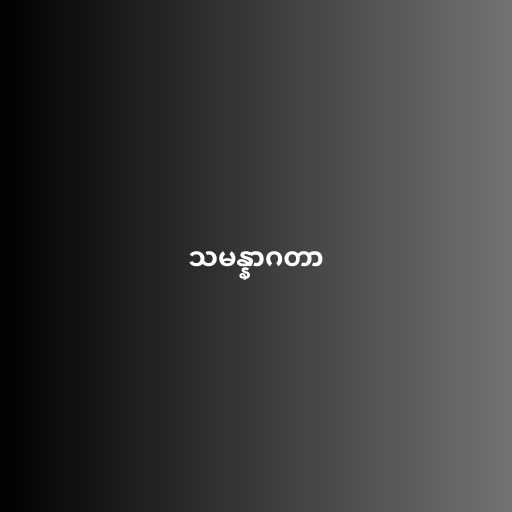
သမန္နာဂတာ